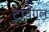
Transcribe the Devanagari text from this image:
ट्रायँगल